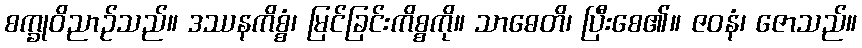
စက္ခုဝိညာဉ်သည်။ ဒဿနကိစ္စံ၊ မြင်ခြင်းကိစ္စကို။ သာဓေတိ၊ ပြီးစေ၏။ ဇဝနံ၊ ဇောသည်။